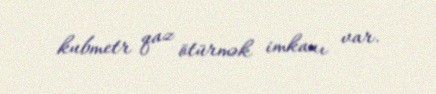
kubmetr qaz ötürmək imkanı var.